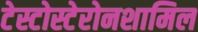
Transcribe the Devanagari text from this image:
टेस्टोस्टेरोनशामिल